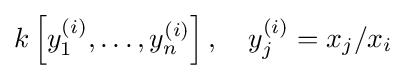
k\left[y_{1}^{(i)},\dots ,y_{n}^{(i)}\right],\quad y_{j}^{(i)}=x_{j}/x_{i}